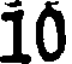
10